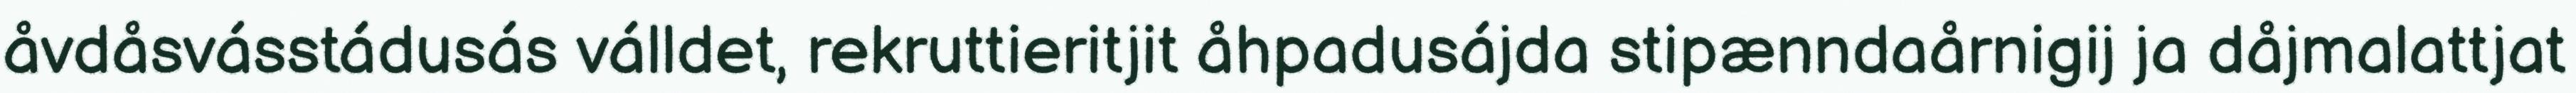
åvdåsvásstádusás válldet, rekruttieritjit åhpadusájda stipænndaårnigij ja dåjmalattjat